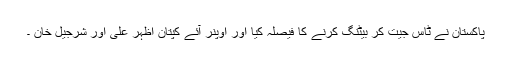
پاکستان نے ٹاس جیت کر بیٹنگ کرنے کا فیصلہ کیا اور اوپنر آئے کپتان اظہر علی اور شرجیل خان ۔